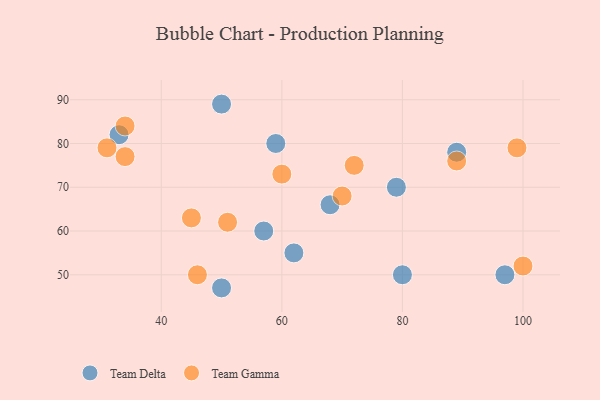
{"axis": {"x": "GDP", "y": "Life Expectancy"}, "legend": ["Team Delta", "Team Gamma"], "data": [{"x": "68", "y": 66, "type": "Team Delta"}, {"x": "62", "y": 55, "type": "Team Delta"}, {"x": "50", "y": 89, "type": "Team Delta"}, {"x": "57", "y": 60, "type": "Team Delta"}, {"x": "59", "y": 80, "type": "Team Delta"}, {"x": "80", "y": 50, "type": "Team Delta"}, {"x": "97", "y": 50, "type": "Team Delta"}, {"x": "50", "y": 47, "type": "Team Delta"}, {"x": "89", "y": 78, "type": "Team Delta"}, {"x": "79", "y": 70, "type": "Team Delta"}, {"x": "33", "y": 82, "type": "Team Delta"}, {"x": "89", "y": 76, "type": "Team Gamma"}, {"x": "51", "y": 62, "type": "Team Gamma"}, {"x": "100", "y": 52, "type": "Team Gamma"}, {"x": "34", "y": 84, "type": "Team Gamma"}, {"x": "45", "y": 63, "type": "Team Gamma"}, {"x": "31", "y": 79, "type": "Team Gamma"}, {"x": "70", "y": 68, "type": "Team Gamma"}, {"x": "72", "y": 75, "type": "Team Gamma"}, {"x": "34", "y": 77, "type": "Team Gamma"}, {"x": "99", "y": 79, "type": "Team Gamma"}, {"x": "46", "y": 50, "type": "Team Gamma"}, {"x": "60", "y": 73, "type": "Team Gamma"}]}